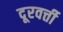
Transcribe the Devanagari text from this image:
दूरवर्त्ती